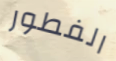
الفطور